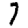
Digit: 7